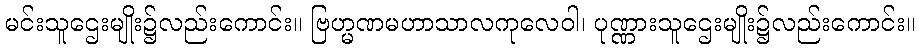
မင်းသူဌေးမျိုး၌လည်းကောင်း။ ဗြဟ္မဏမဟာသာလကုလေဝါ၊ ပုဏ္ဏားသူဌေးမျိုး၌လည်းကောင်း။